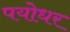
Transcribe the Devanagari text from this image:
पयोधर